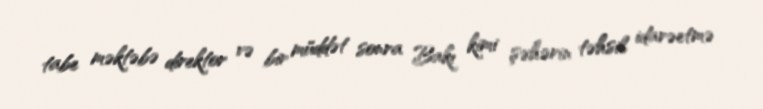
tabe məktəbə direktor və bir müddət sonra Bakı kimi şəhərin təhsil idarəetmə